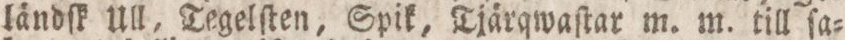
ländſk Ull, Tegelſten, Spik, Tjärqwaſtar m. m. till ſa=